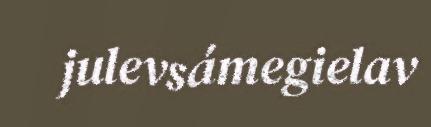
julevsámegielav